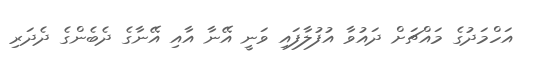
އަހްމަދުގެ މައްޗަށް ދައުވާ އުފުލާފައި ވަނީ އޭނާ އާއި އޭނާގެ ދެބެންގެ ދެދަރި